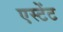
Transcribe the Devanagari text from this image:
एस्टेंट